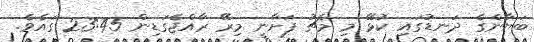
ބަޔާންގެ ދަނޑުގައި ކުޅޭ މި މެޗު ފަށާނީ މިރޭ ރާއްޖެގަޑިން 23:45 ގައެވެ.